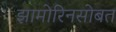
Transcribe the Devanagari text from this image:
झामोरिनसोबत